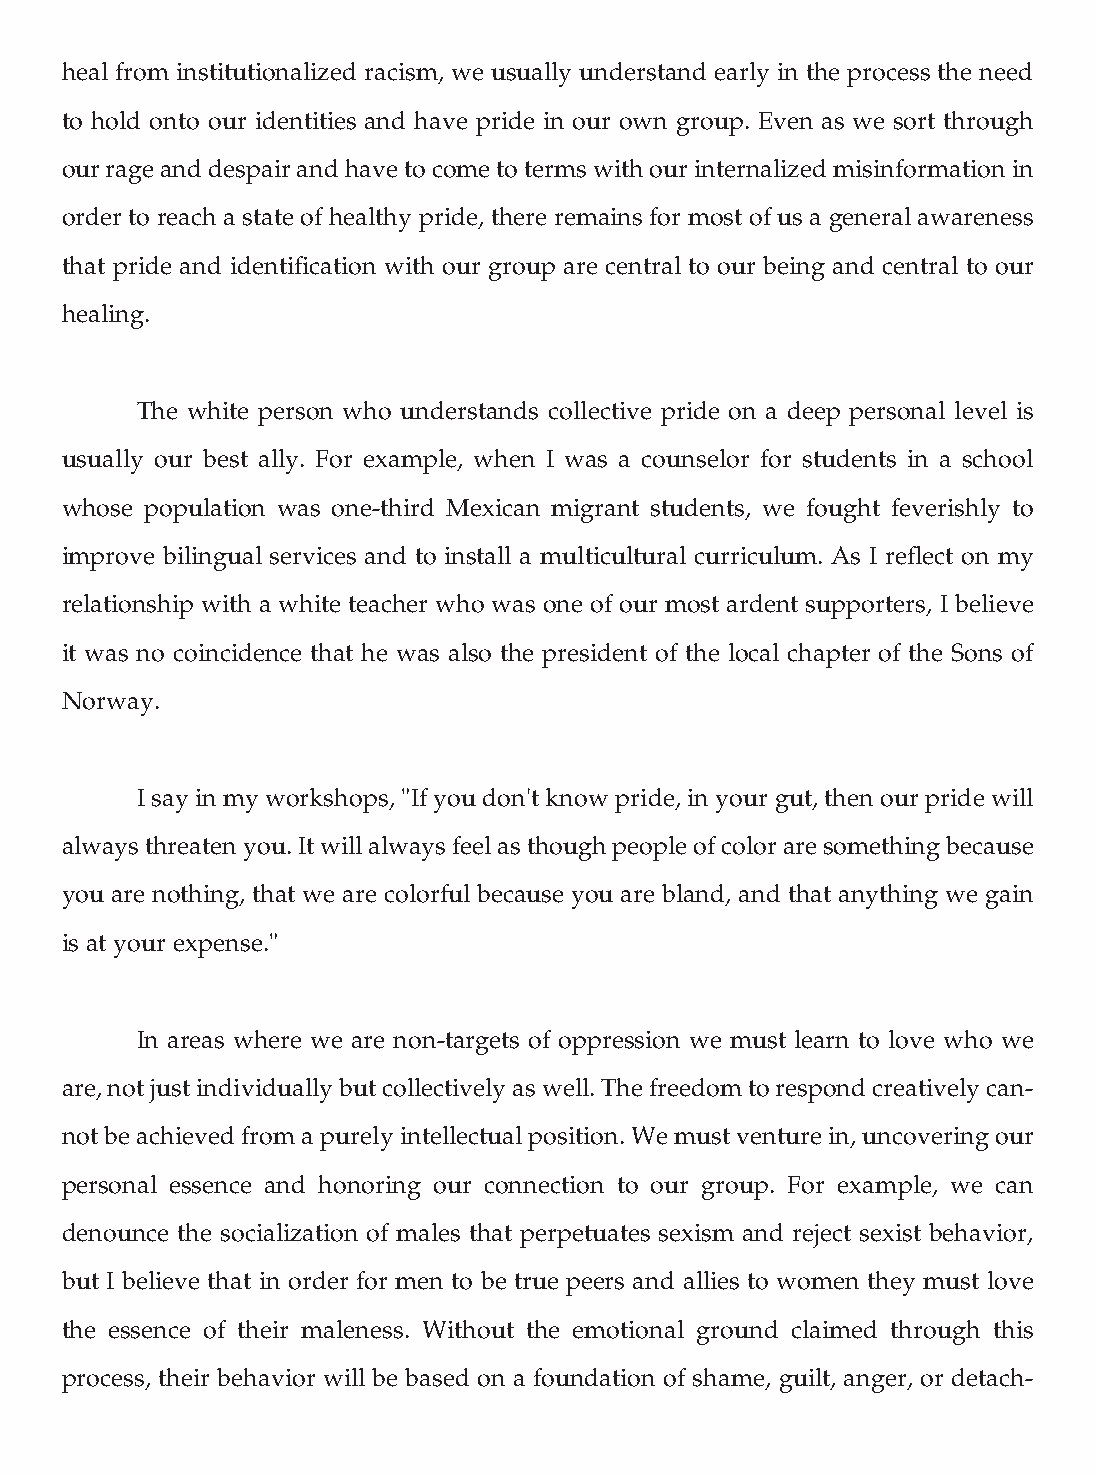
heal from institutionalized racism, we usually understand early in the process the need
 to hold onto our identities and have pride in our own group. Even as we sort through
 our rage and despair and have to come to terms with our internalized misinformation in
 order to reach a state of healthy pride, there remains for most of us a general awareness
 that pride and identification with our group are central to our being and central to our
 healing.
 The white person who understands collective pride on a deep personal level is
 usually our best ally. For example, when I was a counselor for students in a school
 whose population was one-third Mexican migrant students, we fought feverishly to
 improve bilingual services and to install a multicultural curriculum. As I reflect on my
 relationship with a white teacher who was one of our most ardent supporters, I believe
 it was no coincidence that he was also the president of the local chapter of the Sons of
 Norway.
 I say in my workshops, "If you don't know pride, in your gut, then our pride will
 always threaten you. It will always feel as though people of color are something because
 you are nothing, that we are colorful because you are bland, and that anything we gain
 is at your expense."
 In areas where we are non-targets of oppression we must learn to love who we
 are, not just individually but collectively as well. The freedom to respond creatively can-
 not be achieved from a purely intellectual position. We must venture in, uncovering our
 personal essence and honoring our connection to our group. For example, we can
 denounce the socialization of males that perpetuates sexism and reject sexist behavior,
 but I believe that in order for men to be true peers and allies to women they must love
 the essence of their maleness. Without the emotional ground claimed through this
 process, their behavior will be based on a foundation of shame, guilt, anger, or detach-